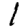
Digit: 1